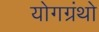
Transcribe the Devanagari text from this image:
योगग्रंथो